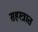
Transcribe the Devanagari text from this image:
सहस्त्रात